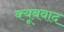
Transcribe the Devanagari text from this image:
क्यूबवाद